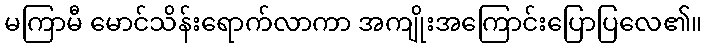
မကြာမီ မောင်သိန်းရောက်လာကာ အကျိုးအကြောင်းပြောပြလေ၏။